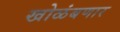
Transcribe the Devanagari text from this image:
खोळंबणार